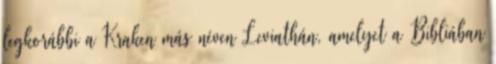
legkorábbi a Kraken más néven Leviathán, amelyet a Bibliában